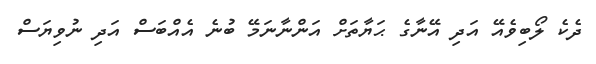
ދެކެ ލޯބިވެއޭ އަދި އޭނާގެ ޙަޔާތަށް އަންނާނަމޭ ބުނެ އެއްބަސް އަދި ނުވިޔަސް